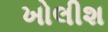
ખોલીશ